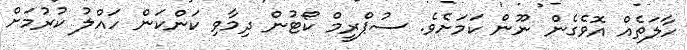
ހާލަތެއް އޮވެގެން ނޫން ކަމަށެވެ. ސުޕްރީމް ކޯޓުން ދިމާވި ކަންކަން ހައްލު ކުރުމަށް